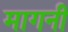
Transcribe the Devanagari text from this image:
मागनी